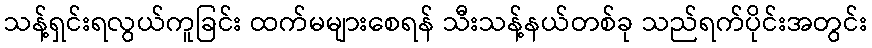
သန့်ရှင်းရလွယ်ကူခြင်း ထက်မများစေရန် သီးသန့်နယ်တစ်ခု သည်ရက်ပိုင်းအတွင်း